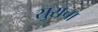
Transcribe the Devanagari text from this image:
सुराचा